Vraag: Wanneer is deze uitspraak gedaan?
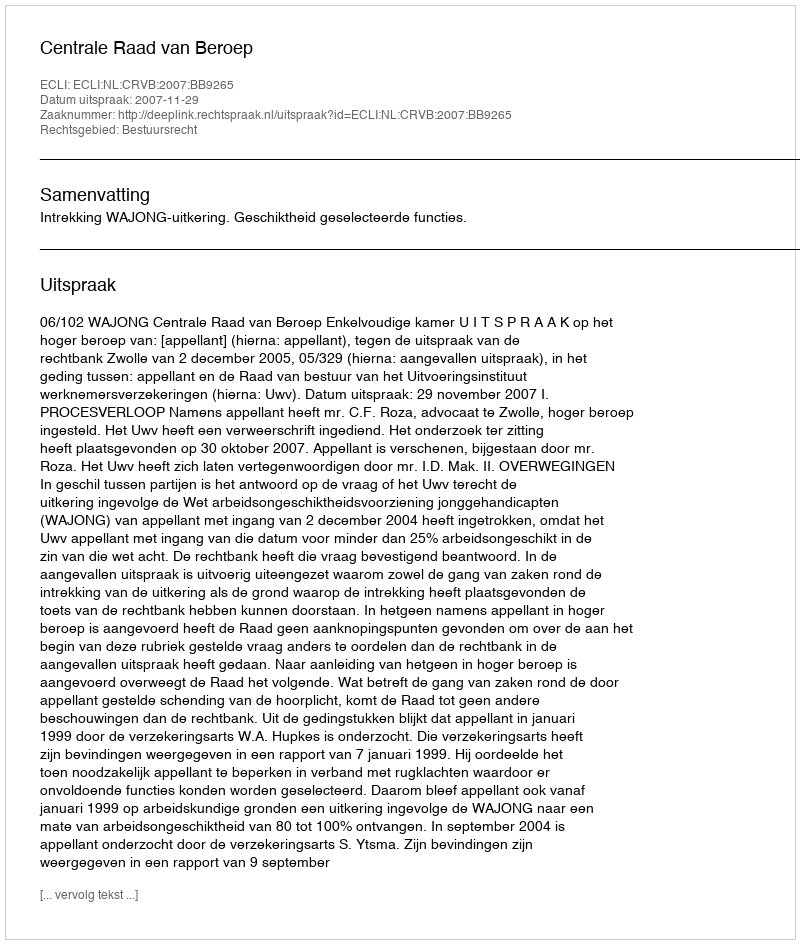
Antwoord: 2007-11-29